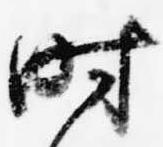
時